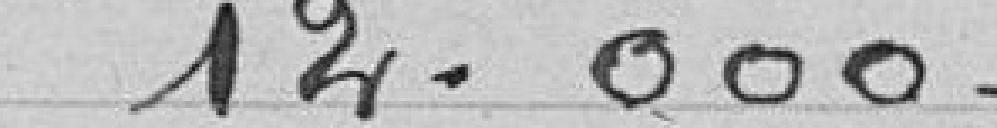
14.000